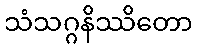
သံသဂ္ဂနိဿိတော